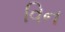
વિન